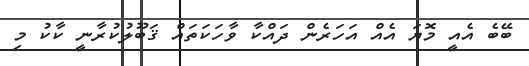
ބޭބެ އެއީ މޮޔަ އެއް އަހަރެން ދައްކާ ވާހަކަތައް ޤަބޫލުކުރާނީ ކާކު މި